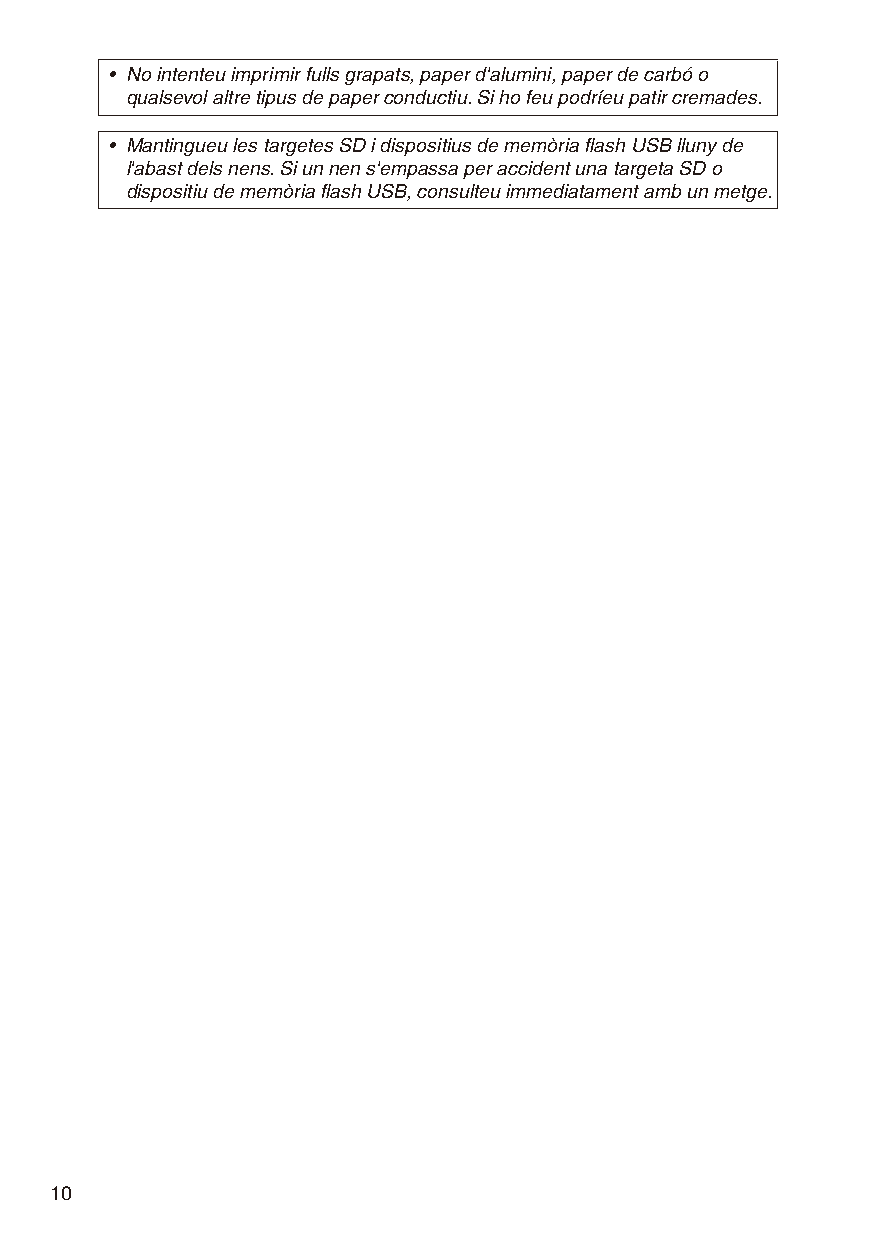
• No intenteu imprimir fulls grapats, paper d'alumini, paper de carbó o
 qualsevol altre tipus de paper conductiu. Si ho feu podríeu patir cremades.
 • Mantingueu les targetes SD i dispositius de memòria flash USB lluny de
 l'abast dels nens. Si un nen s'empassa per accident una targeta SD o
 dispositiu de memòria flash USB, consulteu immediatament amb un metge.
 10